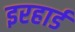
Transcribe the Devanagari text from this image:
इरहार्ड